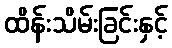
ထိန်းသိမ်းခြင်းနှင့်